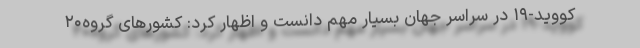
کووید-۱۹ در سراسر جهان بسیار مهم دانست و اظهار کرد: کشورهای گروه۲۰